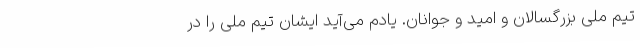
تیم ملی بزرگسالان و امید و جوانان. یادم می‌آید ایشان تیم ملی را در